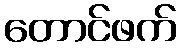
တောင်ဖက်